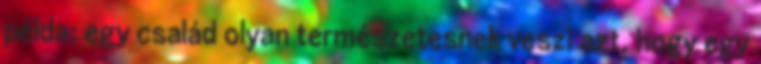
példa: egy család olyan természetesnek veszi azt, hogy egy